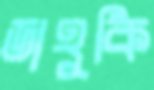
ডাহুকি